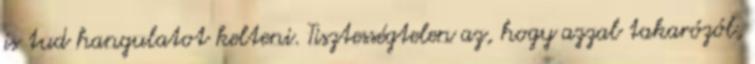
is tud hangulatot kelteni. Tisztességtelen az, hogy azzal takarózól,